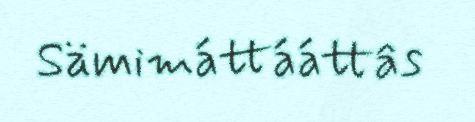
Sämimáttááttâs